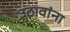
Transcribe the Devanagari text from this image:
उठावांना